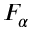
F _ { \alpha }